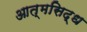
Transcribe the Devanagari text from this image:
आत्मसिद्ध